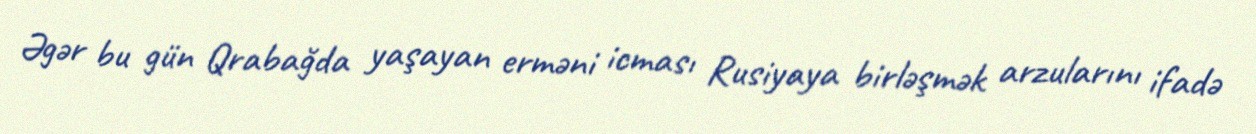
Əgər bu gün Qrabağda yaşayan erməni icması Rusiyaya birləşmək arzularını ifadə